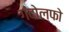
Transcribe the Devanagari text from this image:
गंदोल्फो